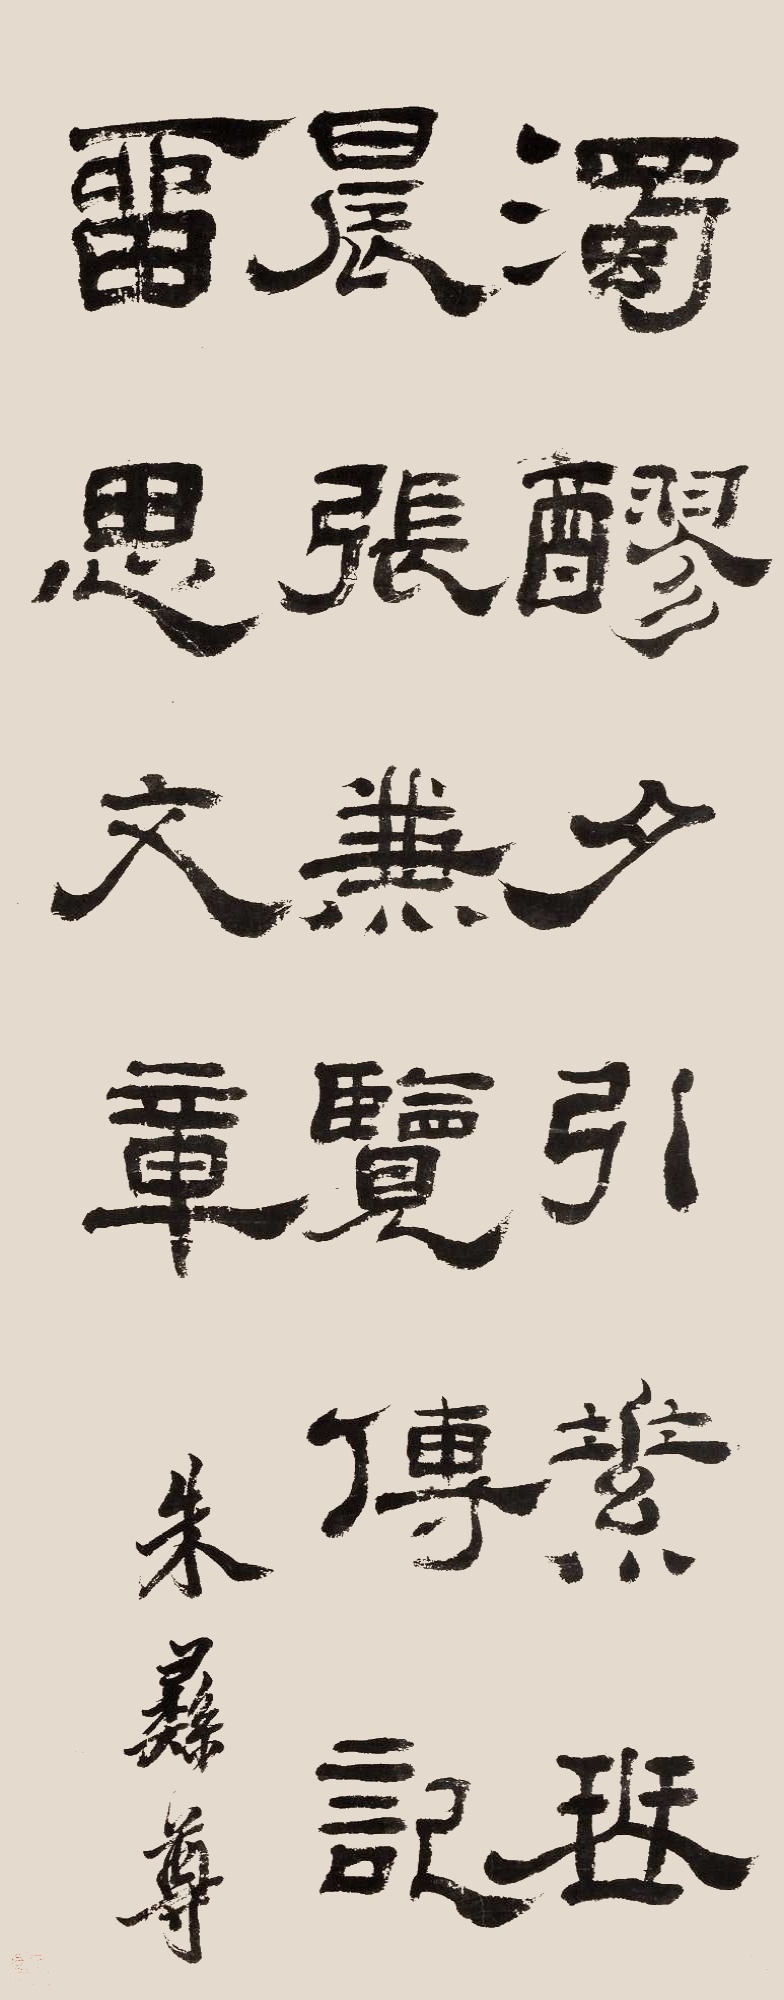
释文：浊醪夕引，素琴晨张，兼览传记，留思文章。朱彝尊。